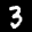
Label: 3